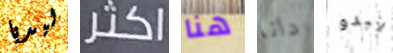
ليديا اكثر هنا دانا يبدو